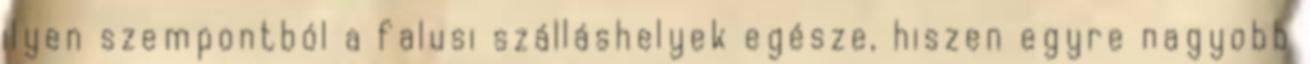
ilyen szempontból a falusi szálláshelyek egésze, hiszen egyre nagyobb